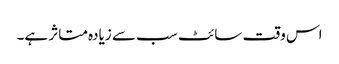
اس وقت سائٹ سب سے زیادہ متاثر ہے۔